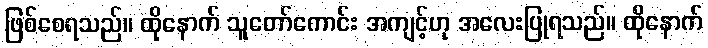
ဖြစ်စေရသည်။ ထိုနောက် သူတော်ကောင်း အကျင့်ဟု အလေးပြုရသည်။ ထိုနောက်